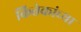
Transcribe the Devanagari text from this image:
कित्तेकांच्या